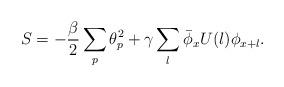
LaTeX: \begin{align*}S = -\frac{\beta}{2} \sum_p {\theta}_p^2 + \gamma \sum_l\bar{\phi}_xU(l)\phi_{x+l}.\end{align*}